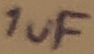
Text: 1uF